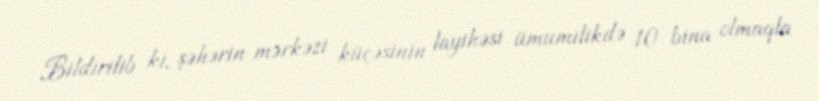
Bildirilib ki, şəhərin mərkəzi küçəsinin layihəsi ümumilikdə 10 bina olmaqla